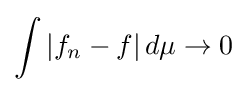
\int |f_{n}-f|\,d\mu \to 0